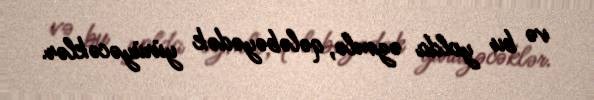
və bu yolda əzmlə, qələbəyədək yürüyəcəklər.